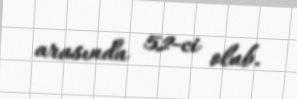
arasında 52-ci olub.